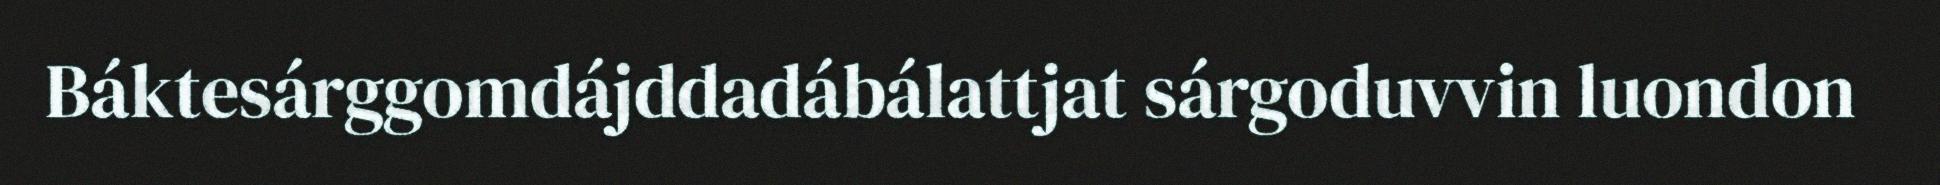
Báktesárggomdájddadábálattjat sárgoduvvin luondon